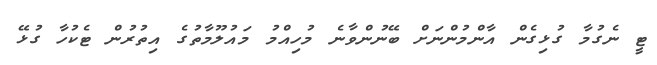
ޓީ ނެގުމާ ގުޅިގެން އާންމުންނަށް ބޭނުންވާނެ މުހިއްމު މައުލޫމާތުގެ އިތުރުން ޓެކުހާ ގުޅޭ